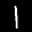
Label: 1